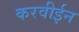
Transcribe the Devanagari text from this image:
करवीईन